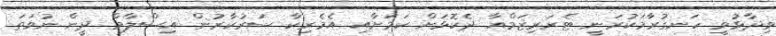
ވިދާޅުވީ ހަނގުރާމަކުރަނީ ޓެރަރިޒަމްއާ ދެކޮޅަށް ކަމަށާއި އެމެރިކާ ސަރުކާރުން އިސްލާމް ދީން ނުވަތަ